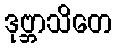
ဒုဗ္ဘာသိတေ